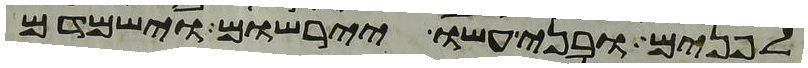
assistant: לפנים ובני עשו יירשום וישמדם